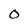
Character: o